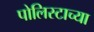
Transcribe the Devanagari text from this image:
पोलिस्टाच्या